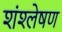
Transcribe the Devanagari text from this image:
शंश्लेषण